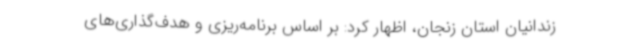
زندانیان استان زنجان، اظهار کرد: بر اساس برنامه‌ریزی و هدف‌گذاری‌های